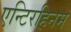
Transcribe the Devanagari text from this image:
एन्टिरहिनम